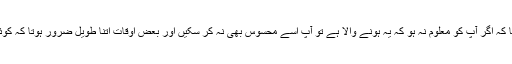
یہ لحظہ اتنا مختصر بھی ہو سکتا تھا کہ اگر آپ کو معلوم نہ ہو کہ یہ ہونے والا ہے تو آپ اسے محسوس بھی نہ کر سکیں اور بعض اوقات اتنا طویل ضرور ہوتا کہ کوئی کہہ دیتا ‘‘تو میں کیا کہہ رہا تھا؟